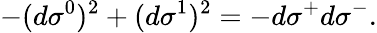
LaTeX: -(d\sigma^{0})^{2}+(d\sigma^{1})^{2}=-d\sigma^{+}d\sigma^{-}.